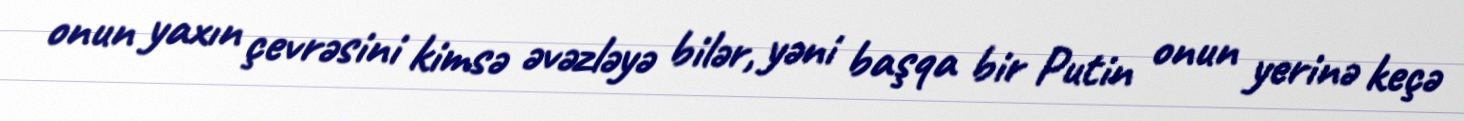
onun yaxın çevrəsini kimsə əvəzləyə bilər, yəni başqa bir Putin onun yerinə keçə